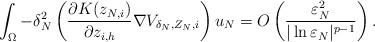
LaTeX: \begin{align*}\int_{\Omega}-\delta_N^2\left( \frac{\partial K(z_{N,i})}{\partial z_{i,h}}\nabla V_{\delta_N, Z_N,i}\right) u_N=O\left( \frac{\varepsilon_N^2}{|\ln\varepsilon_N|^{p-1}}\right).\end{align*}